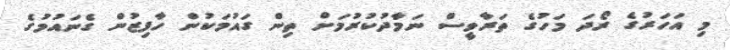
މި އަހަރުގެ ރޯދަ މަހުގެ ތަރާވީސް ނަމާދުކުރުމަށް ތިން ގައުމަކުން ހާފިޒުން ގެނައުމުގެ